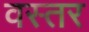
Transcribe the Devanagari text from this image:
वस्तर